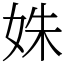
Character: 姝